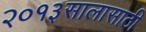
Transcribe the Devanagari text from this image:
२०१३सालासाठी